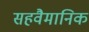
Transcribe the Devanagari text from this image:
सहवैमानिक